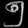
Digit: ၅